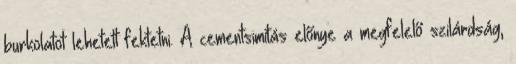
burkolatot lehetett fektetni. A cementsimítás előnye a megfelelő szilárdság,